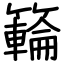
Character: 𥶡